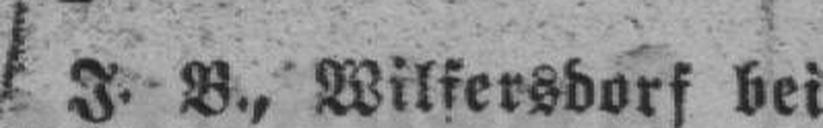
J. B., Wilfersdorf bei